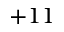
+ 1 1